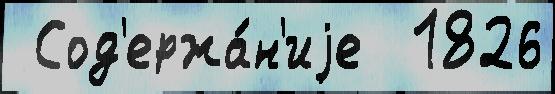
 Сод'ержа́н'иjе  1826